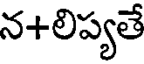
న+లిప్యతే